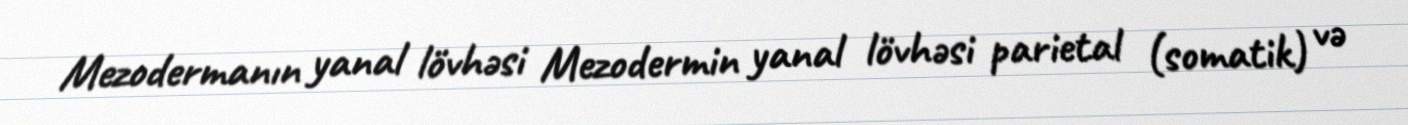
Mezodermanın yanal lövhəsi Mezodermin yanal lövhəsi parietal (somatik) və